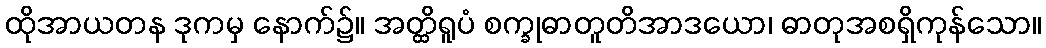
ထိုအာယတန ဒုကမှ နောက်၌။ အတ္ထိရူပံ စက္ခုဓာတူတိအာဒယော၊ ဓာတုအစရှိကုန်သော။